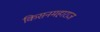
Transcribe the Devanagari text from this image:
किसनमहाराज